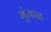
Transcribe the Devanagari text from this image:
मुंजाळ